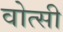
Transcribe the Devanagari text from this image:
वोत्सी